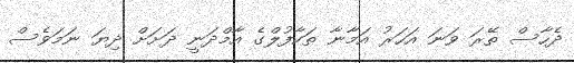
ދެހާސް ތޭރަ ވަނަ އަހަރު އަމާނާ ތަކާފުލްގެ އާމްދަނީ ދަށަށް ދިޔަ ނަމަވެސް